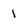
Character: 1